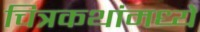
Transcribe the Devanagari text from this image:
चित्रकथांमध्ये